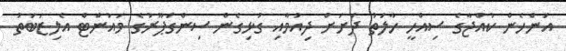
އަންހެން ކުއްޖާގެ ސިއްހީ ހާލަތު ދަށަށް ދިއުމާއި ގުޅިގެން ސިންގަޕޫރުގެ މައުންޓް އެލިޒަބަތު